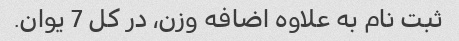
ثبت نام به علاوه اضافه وزن، در کل 7 یوان.